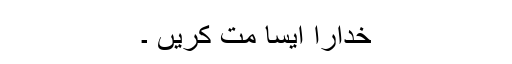
خدارا ایسا مت کریں ۔